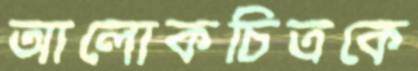
আলোকচিত্রকে